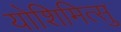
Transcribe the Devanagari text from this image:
योशिमित्सु